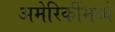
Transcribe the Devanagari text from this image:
अमेरिकींमध्ये